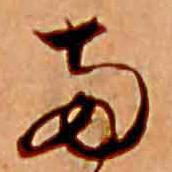
両